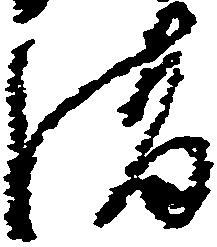
清